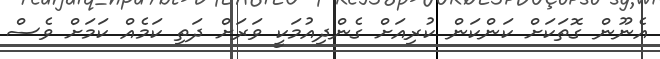
އެނޫން ގޮތަކަށް ކަންކަން ކުރިއަށް ގެންދިއުމަކީ ވަރަށް ދަތި ކަމެއް ކަމަށް ވެސް